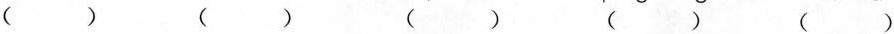
( ) () () () ()